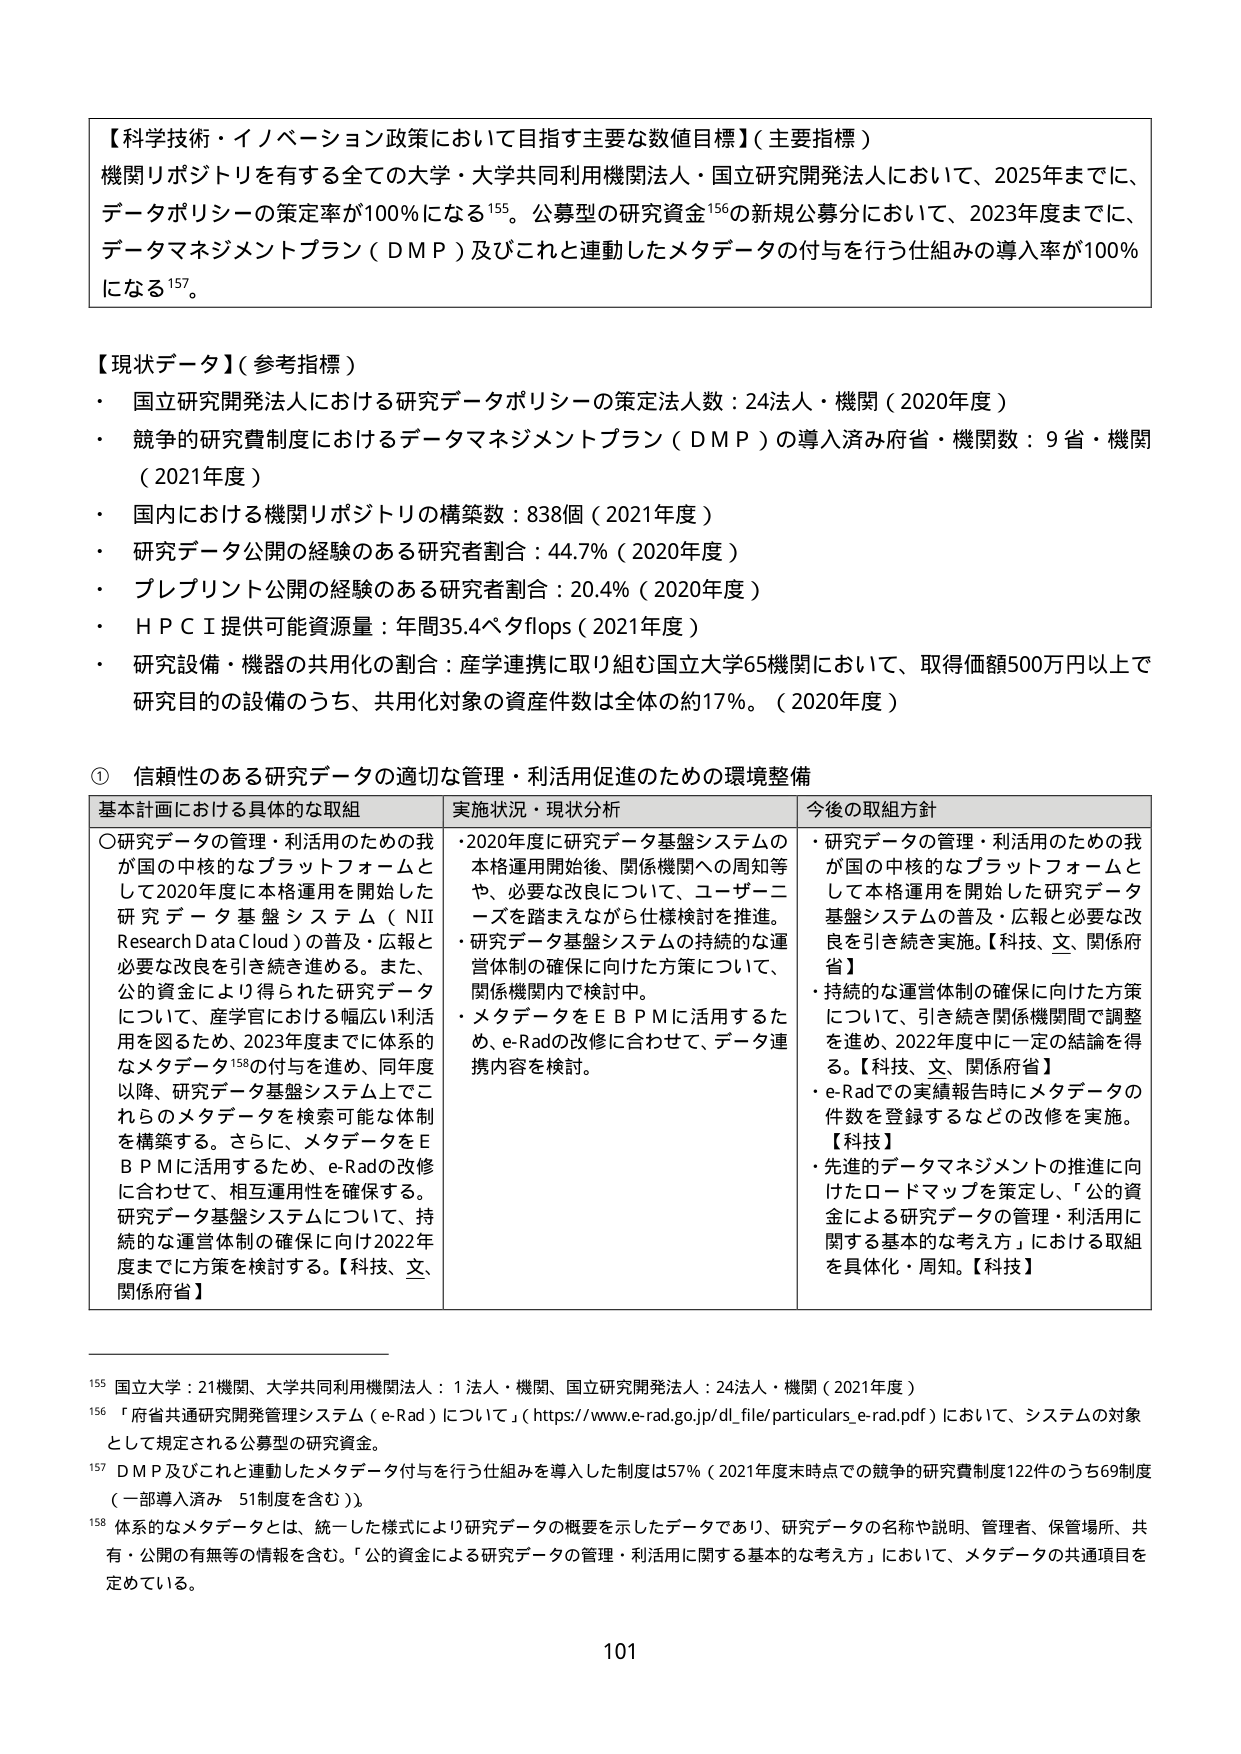
【科学技術・イノベーション政策において目指す主要な数値目標】（主要指標）
機関リポジトリを有する全ての大学・大学共同利用機関法人・国立研究開発法人において、2025年までに、データポリシーの策定率が100％になる¹⁵⁵。公募型の研究資金¹⁵⁶の新規公募分において、2023年度までに、データマネジメントプラン（DMP）及びこれと連動したメタデータの付与を行う仕組みの導入率が100％になる¹⁵⁷。

【現状データ】（参考指標）
・ 国立研究開発法人における研究データポリシーの策定法人数：24法人・機関（2020年度）
・ 競争的研究費制度におけるデータマネジメントプラン（DMP）の導入済み府省・機関数：9省・機関（2021年度）
・ 国内における機関リポジトリの構築数：838個（2021年度）
・ 研究データ公開の経験のある研究者割合：44.7％（2020年度）
・ プレプリント公開の経験のある研究者割合：20.4％（2020年度）
・ HPCI提供可能資源量：年間35.4ペタflops（2021年度）
・ 研究設備・機器の共用化の割合：産学連携に取り組む国立大学65機関において、取得価額500万円以上で研究目的の設備のうち、共用化対象の資産件数は全体の約17％。（2020年度）

① 信頼性のある研究データの適切な管理・利活用促進のための環境整備
基本計画における具体的な取組　　実施状況・現状分析　　今後の取組方針
〇研究データの管理・利活用のための我が国の中枢的なプラットフォームとして2020年度に本格運用を開始した研究データ基盤システム（NII Research Data Cloud）の普及・広報と必要な改良を引き続き進める。また、公的資金により得られた研究データについて、産学官における幅広い利活用を図るため、2023年度までに体系的なメタデータ¹⁵⁸の付与を進め、同年度以降、研究データ基盤システム上でこれらのメタデータを検索可能な体制を構築する。さらに、メタデータをEBPMに活用するため、e-Radの改修に合わせて、相互運用性を確保する。研究データ基盤システムについて、持続的な運営体制の確保に向け2022年度までに方策を検討する。【科技、文、関係府省】
・2020年度に研究データ基盤システムの本格運用開始後、関係機関への周知等や、必要な改良について、ユーザーニーズを踏まえながら仕様検討を推進。
・研究データ基盤システムの持続的な運営体制の確保に向けた方策について、関係機関内で検討中。
・メタデータをEBPMに活用するため、e-Radの改修に合わせて、データ連携内容を検討。
・研究データの管理・利活用のための我が国の中枢的なプラットフォームとして本格運用を開始した研究データ基盤システムの普及・広報と必要な改良を引き続き実施。【科技、文、関係府省】
・持続的な運営体制の確保に向けた方策について、引き続き関係機関間で調整を進め、2022年度中に一定の結論を得る。【科技、文、関係府省】
・e-Radでの実績報告時にメタデータの件数を登録するなどの改修を実施。【科技】
・先進的データマネジメントの推進に向けたロードマップを策定し、「公的資金による研究データの管理・利活用に関する基本的な考え方」における取組を具体化・周知。【科技】

¹⁵⁵ 国立大学：21機関、大学共同利用機関法人：1法人・機関、国立研究開発法人：24法人・機関（2021年度）
¹⁵⁶ 「府省共通研究開発管理システム（e-Rad）について」（https://www.e-rad.go.jp/dl_file/particulars_e-rad.pdf）において、システムの対象として規定される公募型の研究資金。
¹⁵⁷ DMP及びこれと連動したメタデータ付与を行う仕組みを導入した制度は57％（2021年度末時点での競争的研究費制度122件のうち69制度（一部導入済み 51制度を含む））。
¹⁵⁸ 体系的なメタデータとは、統一した様式により研究データの概要を示したデータであり、研究データの名称や説明、管理者、保管場所、共有・公開の有無等の情報を含む。「公的資金による研究データの管理・利活用に関する基本的な考え方」において、メタデータの共通項目を定めている。

101